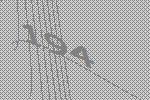
194